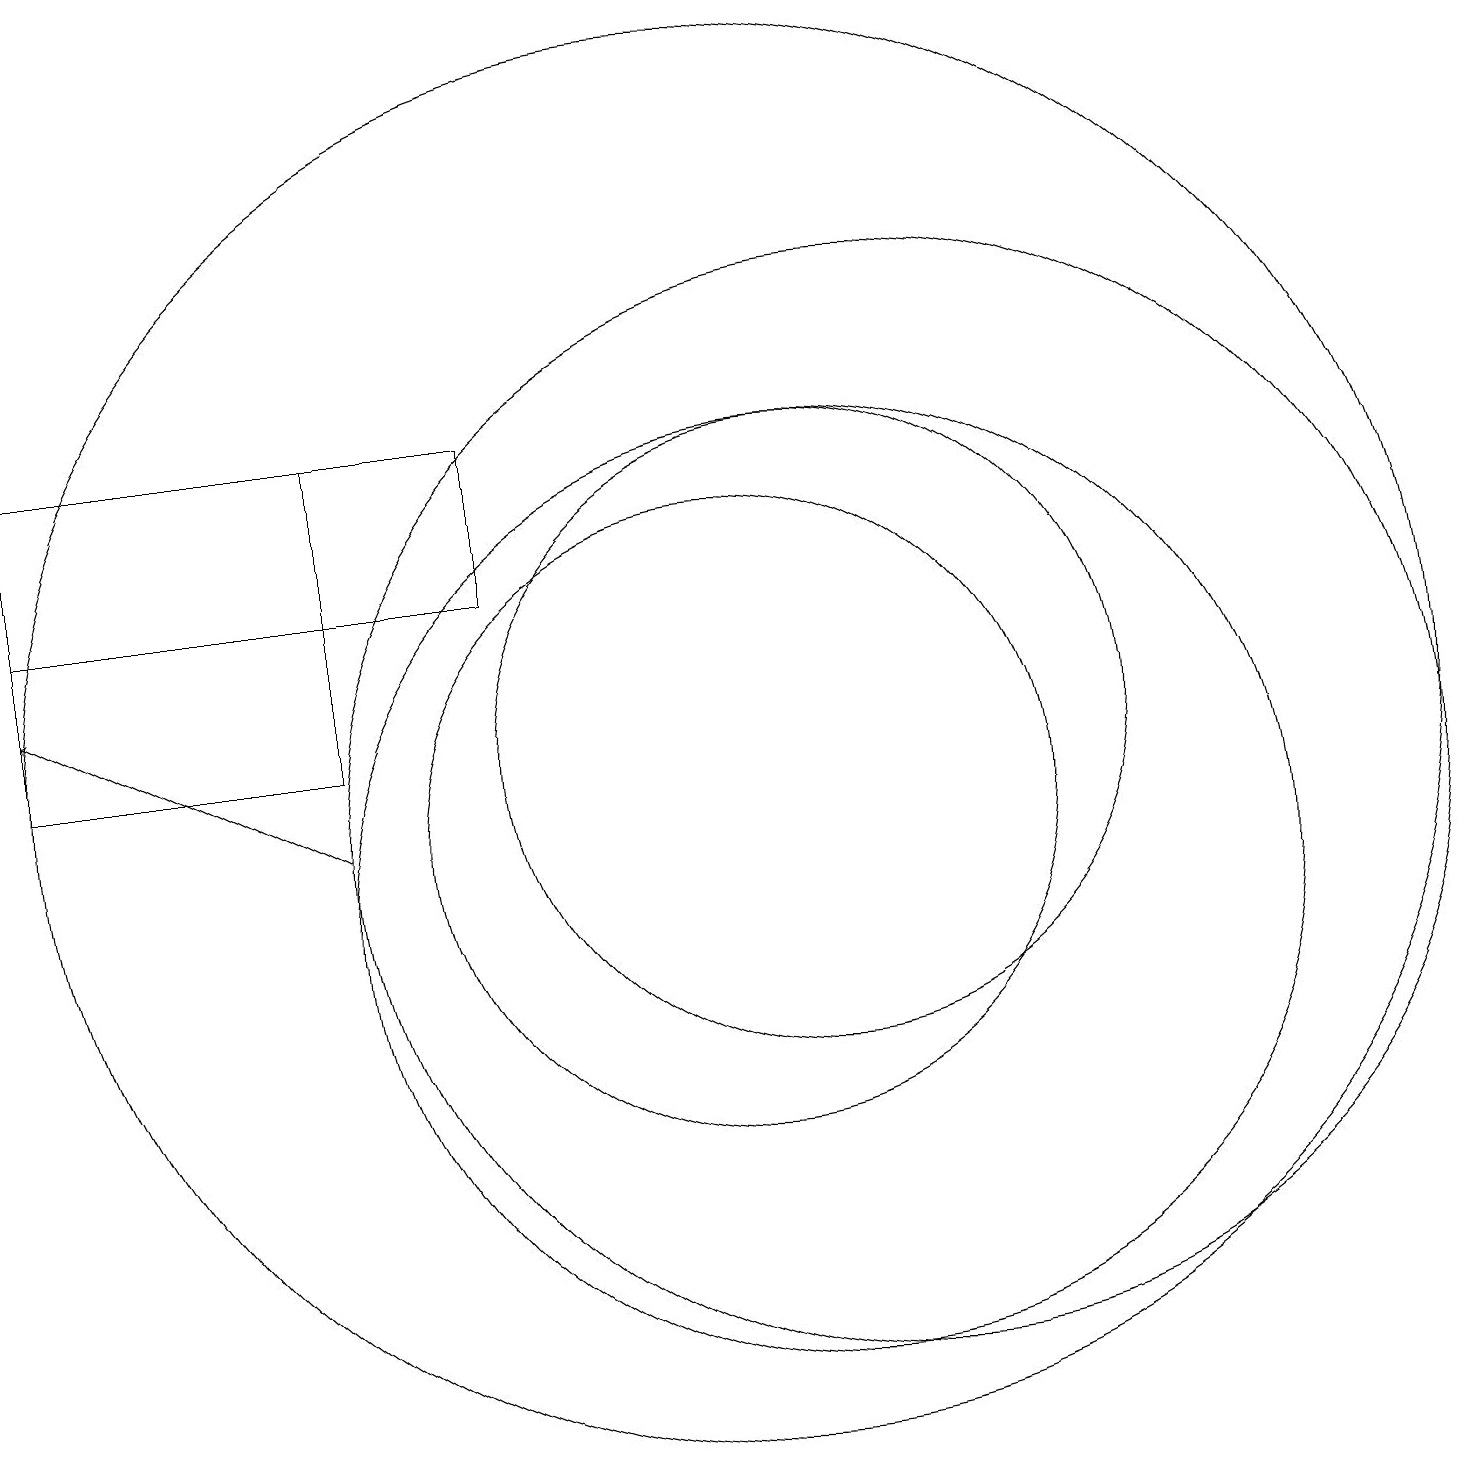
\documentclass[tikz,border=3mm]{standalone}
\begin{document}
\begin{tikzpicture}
\draw (11,12) circle (4);
\draw (10,12) circle (9);
\draw (11,10) circle (6);
\draw (1,16) rectangle (5,12);
\draw[->] (5,11) -- (1,13);
\draw (12,11) circle (7);
\draw (7,16) rectangle (1,14);
\draw (10,11) circle (4);
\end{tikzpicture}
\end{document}